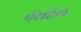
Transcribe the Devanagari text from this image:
पेरेहिल